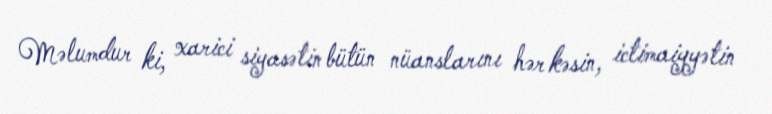
Məlumdur ki, xarici siyasətin bütün nüanslarını hər kəsin, ictimaiyyətin